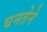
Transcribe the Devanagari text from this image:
घनतेने